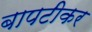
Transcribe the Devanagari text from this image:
बापटीकर